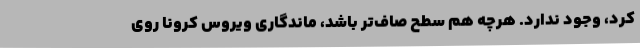
کرد، وجود ندارد. هرچه هم سطح صاف‌تر باشد، ماندگاری ویروس کرونا روی